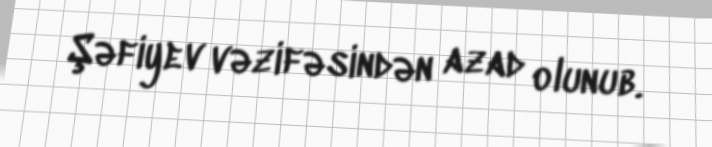
Şəfiyev vəzifəsindən azad olunub.